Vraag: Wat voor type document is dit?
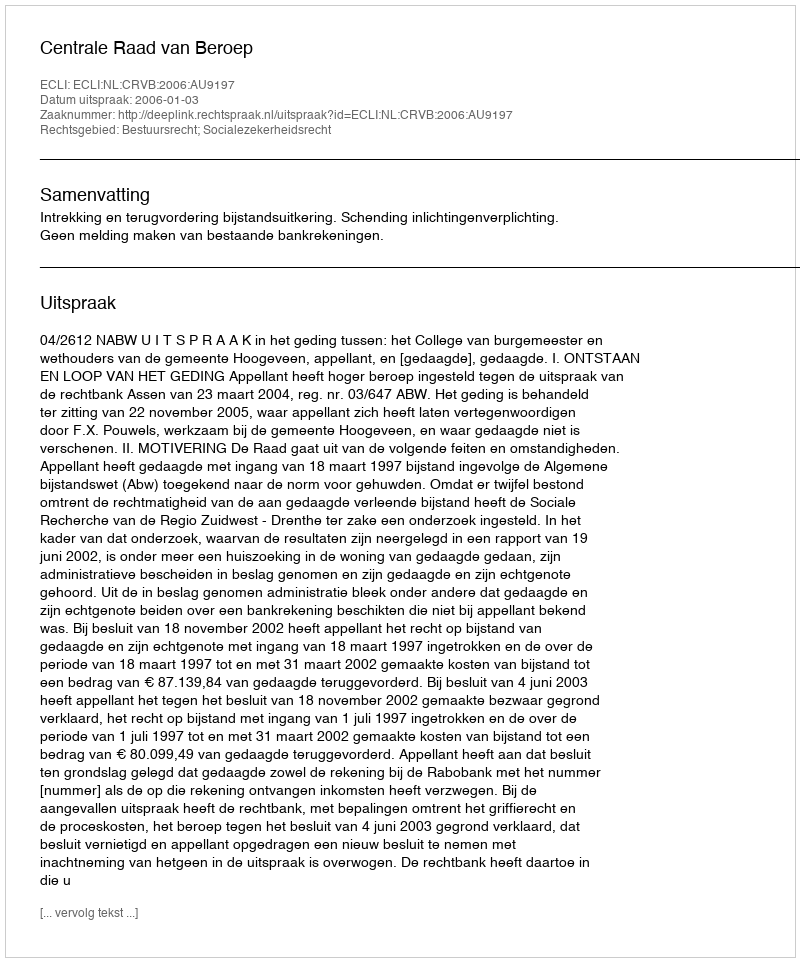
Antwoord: Uitspraak